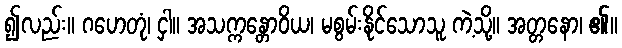
၍လည်း။ ဂဟေတုံ၊ ငှါ။ အသက္ကန္တောဝိယ၊ မစွမ်းနိုင်သောသူ ကဲ့သို့။ အတ္တနော၊ ၏။